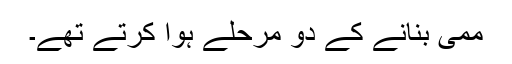
ممی بنانے کے دو مرحلے ہوا کرتے تھے۔